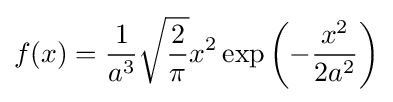
f(x)={\frac {1}{a^{3}}}{\sqrt {\frac {2}{\pi }}}x^{2}\exp \left(-{\frac {x^{2}}{2a^{2}}}\right)